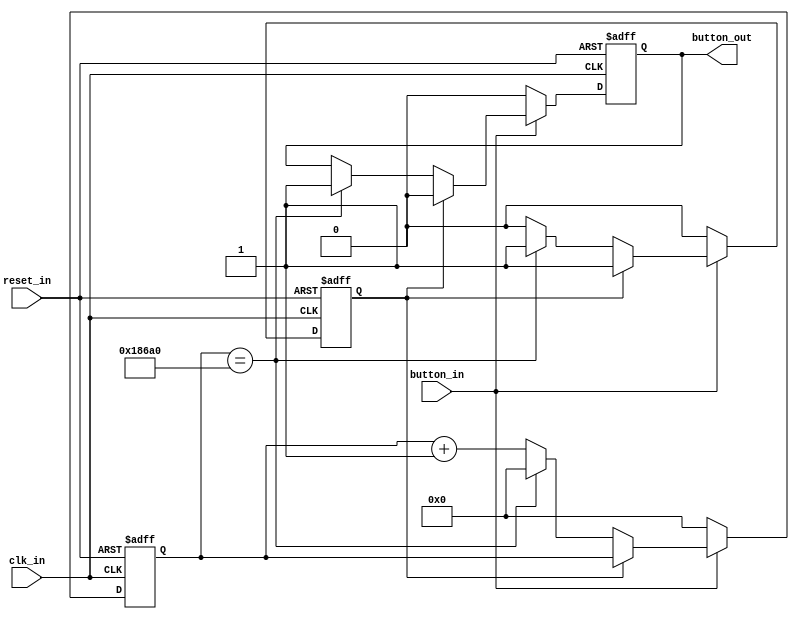
`timescale 1ns / 1ps
//////////////////////////////////////////////////////////////////////////////////
// Company: 
// Engineer: 
// 
// Design Name: 
// Module Name: debouncer
// Project Name: 
// Target Devices: 
// Tool Versions: 
// Description: 
// 
// Dependencies: 
// 
// Revision:
// Revision 0.01 - File Created
// Additional Comments:
// 
//////////////////////////////////////////////////////////////////////////////////


module debouncer(
    input button_in,
    input clk_in,
    input reset_in,
    output reg button_out
    );
    
    reg deb_count_e;
    reg [19:0]count;
    
    always @ (posedge clk_in or negedge reset_in) begin
        if(!reset_in) begin
            count <= 0;
            deb_count_e <=0;
            button_out <= 0;
        end else begin
            if(button_in == 1) begin          
               if (deb_count_e == 0) begin
                   count <= count + 1;
                        if(count == 100000) begin //count reaching specified maximum value
                            button_out <= 1;
                            deb_count_e <= 1;
                            count <= 0;
                        end
                end else begin
                button_out <= 0;
                end
            end else begin
            button_out <=0;
            count <=0;
            deb_count_e <=0;
        end   
        end
    end
endmodule